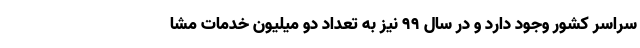
سراسر کشور وجود دارد و در سال 99 نیز به تعداد دو میلیون خدمات مشا